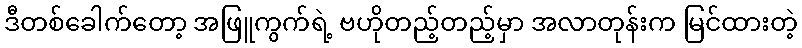
ဒီတစ်ခေါက်တော့ အဖြူကွက်ရဲ့ ဗဟိုတည့်တည့်မှာ အလာတုန်းက မြင်ထားတဲ့